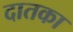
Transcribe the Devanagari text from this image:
दातका